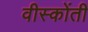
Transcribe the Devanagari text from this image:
वीस्कोंती